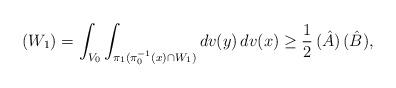
LaTeX: \begin{align*}(W_1) = \int_{V_0} \int_{\pi_1(\pi_0^{-1}(x) \cap W_1)} dv(y) \, dv(x) \geq \frac 12 \, (\hat A) \, (\hat B),\end{align*}